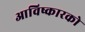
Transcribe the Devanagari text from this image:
आविष्कारको